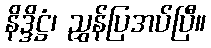
နိဒ္ဒိဋ္ဌံ၊ ညွှန်ပြအပ်ပြီ။